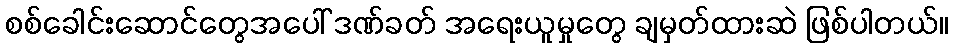
စစ်ခေါင်းဆောင်တွေအပေါ် ဒဏ်ခတ် အရေးယူမှုတွေ ချမှတ်ထားဆဲ ဖြစ်ပါတယ်။